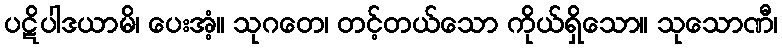
ပဋိပါဒယာမိ၊ ပေးအံ့။ သုဂတေ၊ တင့်တယ်သော ကိုယ်ရှိသော။ သုသောဏီ၊